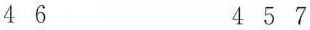
4 6 4 5 7